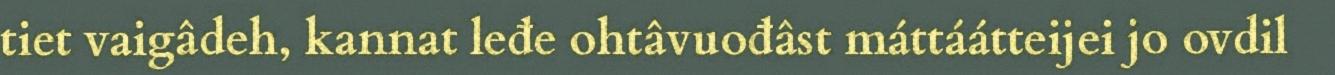
tiet vaigâdeh, kannat leđe ohtâvuođâst máttáátteijei jo ovdil